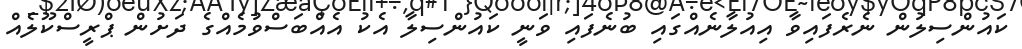
ކައުންސިލުން ނެރެފައިވާ އިއުލާނެއްގައި ބުނެފައި ވަނީ ކައުންސިލާ އެކު އެއްބަސްވުމެއްގެ ދަށުން ޕްރީސްކޫލެއް